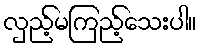
လှည့်မကြည့်သေးပါ။